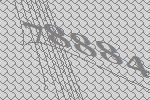
78884